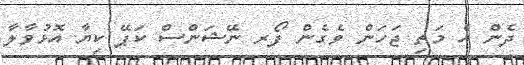
ދެން އެ މަތި ޖަހަން ވެގެން ފޯރ ނޭޝަންސް ކަޕޭ ކިޔާ އޮޅުވާލާ